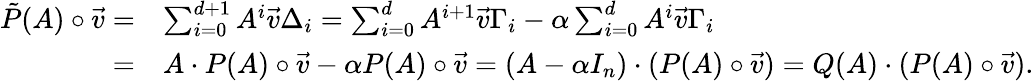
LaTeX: \begin{array}{rl}{\tilde{P}(A)\circ\vec{v}=}&{\sum_{i=0}^{d+1}A^{i}\vec{v}\Delta_{i}=\sum_{i=0}^{d}A^{i+1}\vec{v}\Gamma_{i}-\alpha\sum_{i=0}^{d}A^{i}\vec{v}\Gamma_{i}}\\ {=}&{A\cdot P(A)\circ\vec{v}-\alpha P(A)\circ\vec{v}=(A-\alpha I_{n})\cdot(P(A)\circ\vec{v})=Q(A)\cdot(P(A)\circ\vec{v}).}\end{array}